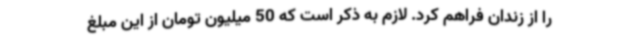
را از زندان فراهم کرد. لازم به ذکر است که 50 میلیون تومان از این مبلغ